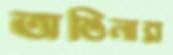
অঙিনার